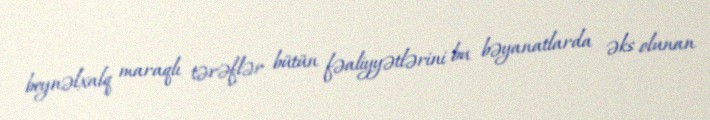
beynəlxalq maraqlı tərəflər bütün fəaliyyətlərini bu bəyanatlarda əks olunan